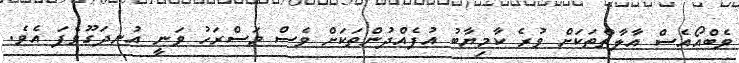
ވެބްއޯއެސް އާލާތްތަކަށް ވުރެ ކާމިޔާބު އުފެއްދުންތަކަށް ވެސް މަސްރަހު ވަނީ އުނދަގޫވެފަ އެވެ.